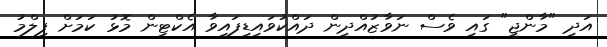
އަދި "މާންޖީ" ގައި ވެސް ނަވާޒުއްދީން ދައްކުވައިޑިފައިވާ އެކްޓިން މޮޅު ކަމަށް ފިލްމު